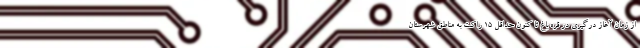
از زمان آغاز درگیری در قره باغ تا کنون حداقل 15 راکت به مناطق شهرستان